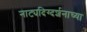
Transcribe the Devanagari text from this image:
नाट्यदिग्दर्शनाच्या